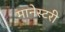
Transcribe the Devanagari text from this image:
मानेस्टरी